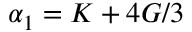
\alpha _ { 1 } = K + 4 G / 3